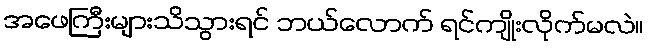
အဖေကြီးများသိသွားရင် ဘယ်လောက် ရင်ကျိုးလိုက်မလဲ။